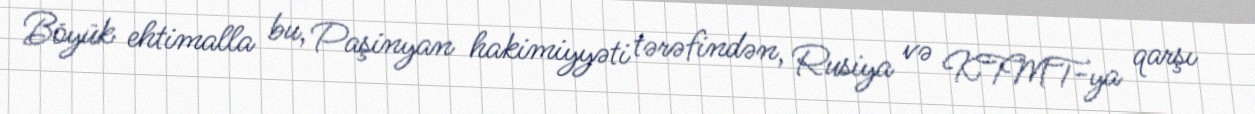
Böyük ehtimalla bu, Paşinyan hakimiyyəti tərəfindən, Rusiya və KTMT-ya qarşı